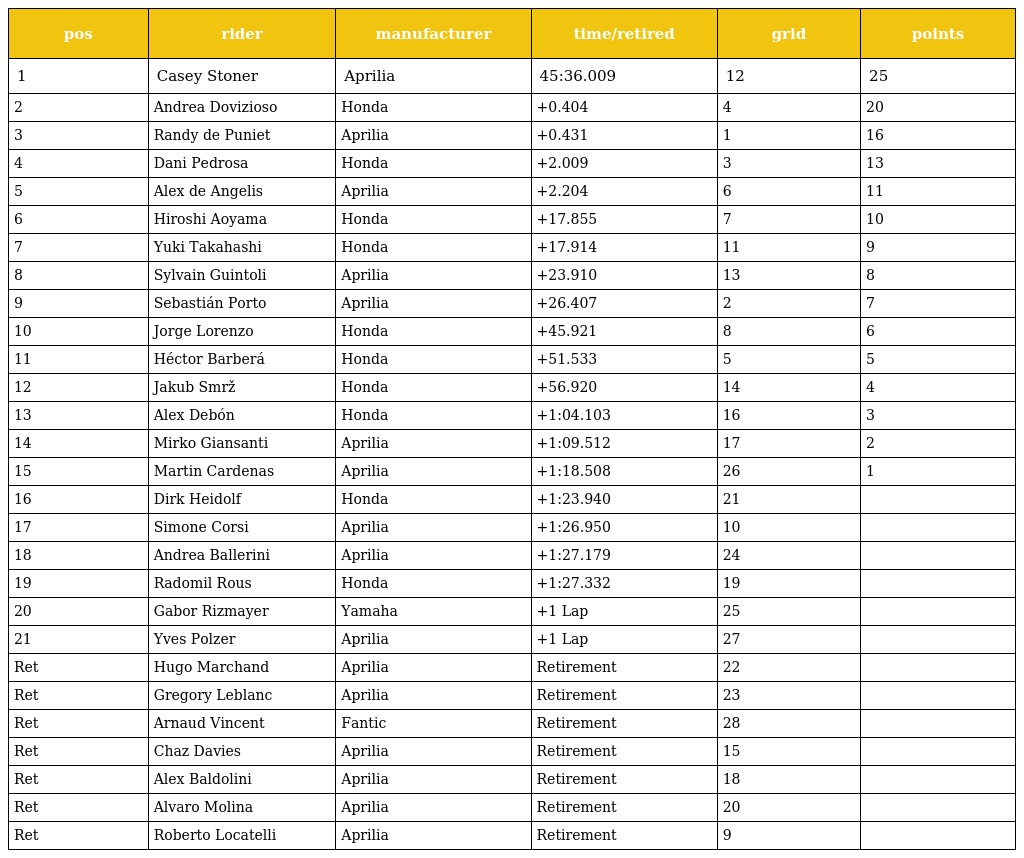
| pos | rider | manufacturer | time/retired | grid | points |
 | --- | --- | --- | --- | --- | --- |
 | 1 | Casey Stoner | Aprilia | 45:36.009 | 12 | 25 |
 | 2 | Andrea Dovizioso | Honda | +0.404 | 4 | 20 |
 | 3 | Randy de Puniet | Aprilia | +0.431 | 1 | 16 |
 | 4 | Dani Pedrosa | Honda | +2.009 | 3 | 13 |
 | 5 | Alex de Angelis | Aprilia | +2.204 | 6 | 11 |
 | 6 | Hiroshi Aoyama | Honda | +17.855 | 7 | 10 |
 | 7 | Yuki Takahashi | Honda | +17.914 | 11 | 9 |
 | 8 | Sylvain Guintoli | Aprilia | +23.910 | 13 | 8 |
 | 9 | Sebastián Porto | Aprilia | +26.407 | 2 | 7 |
 | 10 | Jorge Lorenzo | Honda | +45.921 | 8 | 6 |
 | 11 | Héctor Barberá | Honda | +51.533 | 5 | 5 |
 | 12 | Jakub Smrž | Honda | +56.920 | 14 | 4 |
 | 13 | Alex Debón | Honda | +1:04.103 | 16 | 3 |
 | 14 | Mirko Giansanti | Aprilia | +1:09.512 | 17 | 2 |
 | 15 | Martin Cardenas | Aprilia | +1:18.508 | 26 | 1 |
 | 16 | Dirk Heidolf | Honda | +1:23.940 | 21 |  |
 | 17 | Simone Corsi | Aprilia | +1:26.950 | 10 |  |
 | 18 | Andrea Ballerini | Aprilia | +1:27.179 | 24 |  |
 | 19 | Radomil Rous | Honda | +1:27.332 | 19 |  |
 | 20 | Gabor Rizmayer | Yamaha | +1 Lap | 25 |  |
 | 21 | Yves Polzer | Aprilia | +1 Lap | 27 |  |
 | Ret | Hugo Marchand | Aprilia | Retirement | 22 |  |
 | Ret | Gregory Leblanc | Aprilia | Retirement | 23 |  |
 | Ret | Arnaud Vincent | Fantic | Retirement | 28 |  |
 | Ret | Chaz Davies | Aprilia | Retirement | 15 |  |
 | Ret | Alex Baldolini | Aprilia | Retirement | 18 |  |
 | Ret | Alvaro Molina | Aprilia | Retirement | 20 |  |
 | Ret | Roberto Locatelli | Aprilia | Retirement | 9 |  |